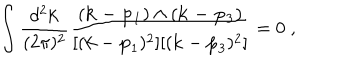
\int \frac { d ^ { 2 } { \bf k } } { ( 2 \pi ) ^ { 2 } } \frac { ( { \bf k - p _ { 1 } } ) \wedge ( { \bf k - p _ { 3 } } ) } { [ ( { \bf k } - { \bf p } _ { 1 } ) ^ { 2 } ] [ ( { \bf k } - { \bf p } _ { 3 } ) ^ { 2 } ] } = 0 \; ,